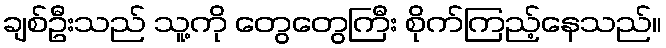
ချစ်ဦးသည် သူ့ကို တွေတွေကြီး စိုက်ကြည့်နေသည်။